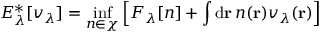
E _ { \lambda } ^ { \ast } [ v _ { \lambda } ] = \operatorname* { i n f } _ { n \in \chi } \left[ F _ { \lambda } \ensuremath { [ n ] } + \int \mathrm { d } \mathbf { r } \, n ( \mathbf { r } ) v _ { \lambda } ( \mathbf { r } ) \right]